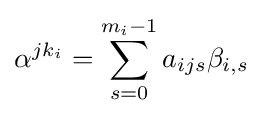
\alpha ^{jk_{i}}=\sum _{s=0}^{m_{i}-1}a_{ijs}\beta _{i,s}